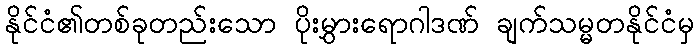
နိုင်ငံ၏တစ်ခုတည်းသော ပိုးမွှားရောဂါဒဏ် ချက်သမ္မတနိုင်ငံမှ